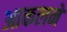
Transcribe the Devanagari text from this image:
आकलने